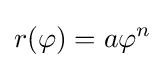
r(\varphi )=a\varphi ^{n}